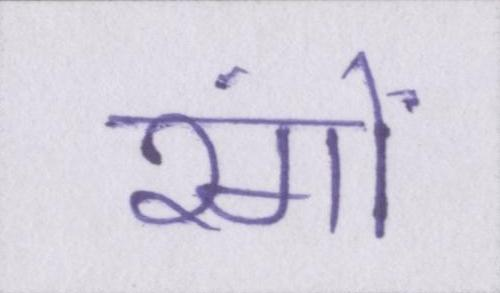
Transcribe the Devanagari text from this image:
रंगों